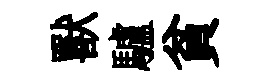
獸驢貧